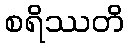
စရိဿတိ